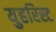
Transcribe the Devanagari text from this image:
युहरिस्ट